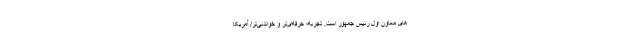
های معاون اول رئیس جمهور است. تجربه؛ حرفه‌ای‌تر و خواندنی‌تر/ آمریکا